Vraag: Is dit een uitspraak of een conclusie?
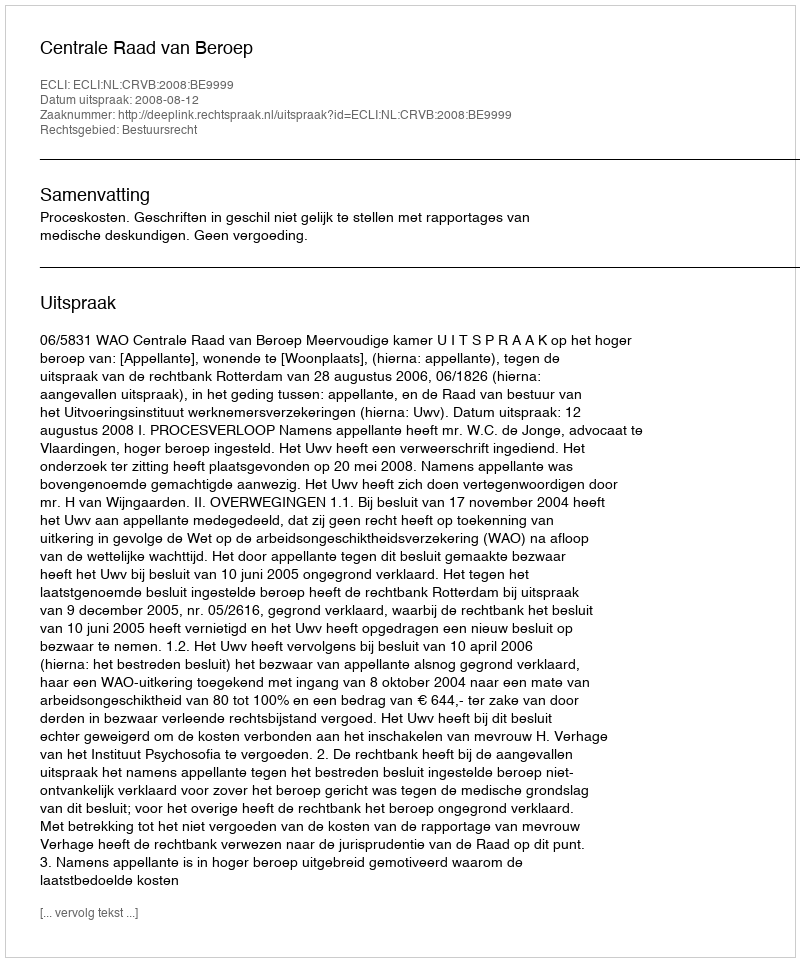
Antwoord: Uitspraak